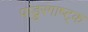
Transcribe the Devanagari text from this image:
पांडुरंगाष्ट्क